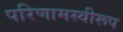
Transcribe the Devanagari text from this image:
परिणामस्वीरूप